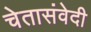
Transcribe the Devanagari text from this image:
चेतासंवेदी